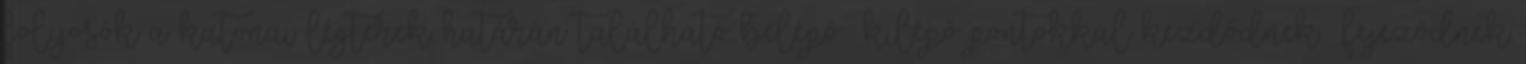
folyosók a katonai légterek határán található belépő kilépő pontokkal kezdődnek fejeződnek